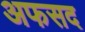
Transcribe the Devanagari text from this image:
अफसद